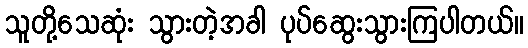
သူတို့သေဆုံး သွားတဲ့အခါ ပုပ်ဆွေးသွားကြပါတယ်။